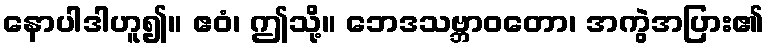
နောပါဒါဟူ၍။ ဧဝံ၊ ဤသို့။ ဘေဒသဗ္ဘာဝတော၊ အကွဲအပြား၏